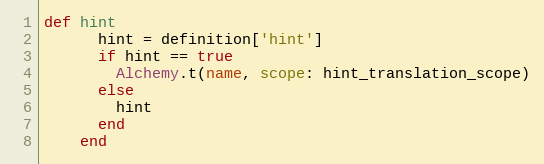
Language: Ruby
def hint
      hint = definition['hint']
      if hint == true
        Alchemy.t(name, scope: hint_translation_scope)
      else
        hint
      end
    end